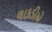
લાકડીએ